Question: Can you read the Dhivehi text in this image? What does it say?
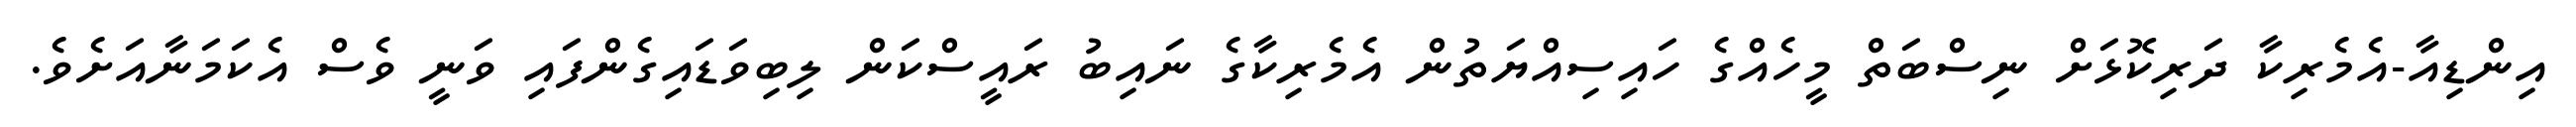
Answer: އިންޑިއާ-އެމެރިކާ ދަރިކޮޅަށް ނިސްބަތް މީހެއްގެ ހައިސިއްޔަތުން އެމެރިކާގެ ނައިބު ރައީސްކަން ލިބިވަޑައިގެންފައި ވަނީ ވެސް އެކަމަނާއަށެވެ.